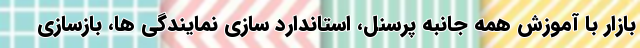
بازار با آموزش همه جانبه پرسنل، استاندارد سازی نمایندگی ها، بازسازی